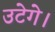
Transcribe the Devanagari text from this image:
उटेगे।